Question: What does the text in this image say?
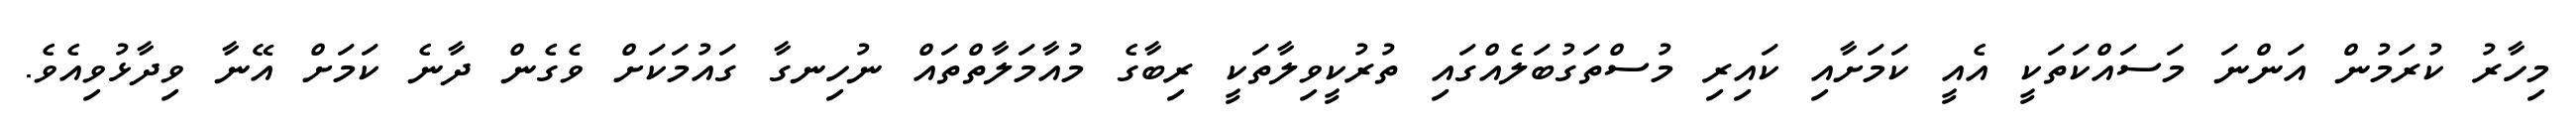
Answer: މިހާރު ކުރަމުން އަންނަ މަސައްކަތަކީ އެއީ ކަމަށާއި ކައިރި މުސްތަގުބަލެއްގައި ތުރުކީވިލާތަކީ ރިބާގެ މުއާމަލާތްތައް ނުހިނގާ ގައުމަކަށް ވެގެން ދާނެ ކަމަށް އޭނާ ވިދާޅުވިއެވެ.